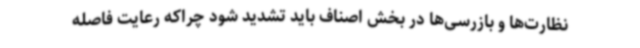
نظارت‌ها و بازرسی‌ها در بخش اصناف باید تشدید شود چراکه رعایت فاصله